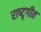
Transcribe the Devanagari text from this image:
राष्ट्र्गीत